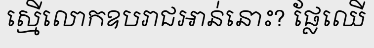
ស្មើលោកឧបរាជអាន់នោះ? ផ្លែឈើ